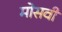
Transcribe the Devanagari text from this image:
मोसवी